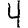
Digit: 4